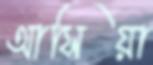
আসিয়া